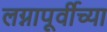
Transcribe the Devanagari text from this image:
लग्नापूर्वीच्या